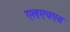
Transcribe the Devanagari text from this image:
एलएचएस